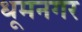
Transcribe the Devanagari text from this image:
धूमनगर